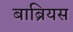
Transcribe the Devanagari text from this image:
बाब्रियस